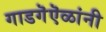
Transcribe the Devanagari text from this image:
गाडगॆऎळांनी